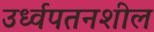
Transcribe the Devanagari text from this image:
उर्ध्वपतनशील